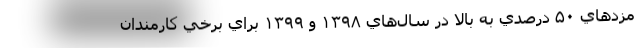
مزدهاي ۵۰ درصدي به بالا در سال‌هاي ۱۳۹۸ و ۱۳۹۹ براي برخي كارمندان